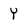
Character: Y